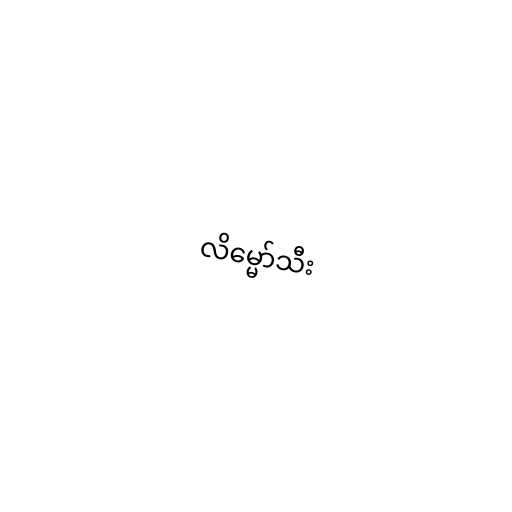
လိမ္မော်သီး